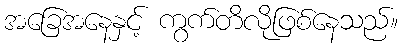
အခြေအနေနှင့် ကွက်တိလိုဖြစ်နေသည်။